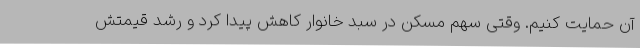
آن حمایت کنیم. وقتی سهم مسکن در سبد خانوار کاهش پیدا کرد و رشد قیمتش